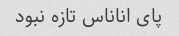
پای اناناس تازه نبود